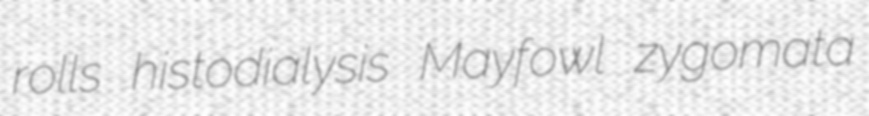
rolls histodialysis Mayfowl zygomata